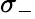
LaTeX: \sigma_{-}